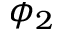
\phi _ { 2 }